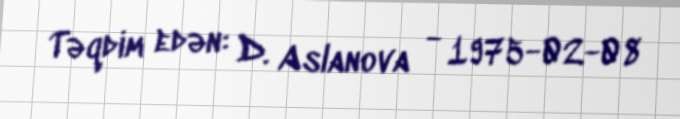
Təqdim edən: D. Aslanova - 1975-02-08